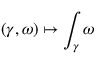
( \gamma , \omega ) \mapsto \int _ { \gamma } \omega